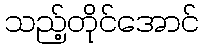
သည့်တိုင်အောင်